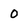
Character: o